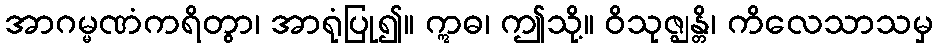
အာဂမ္မဏံကရိတွာ၊ အာရုံပြု၍။ ဣဓ၊ ဤသို့။ ဝိသုဇ္ဈန္တိ၊ ကိလေသာသမှ